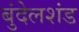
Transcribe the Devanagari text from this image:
बुंदेलशंड